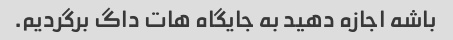
باشه اجازه دهید به جایگاه هات داگ برگردیم.